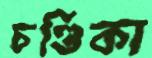
চণ্ডিকা